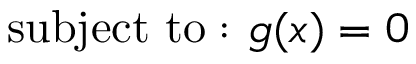
{ \mathrm { s u b j e c t ~ t o : } } \ g ( x ) = 0